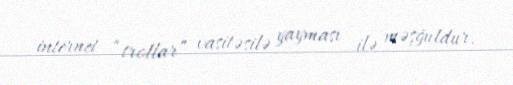
internet “trollar” vasitəsilə yayması ilə məşğuldur.